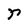
Character: r